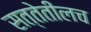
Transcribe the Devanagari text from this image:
सत्तेतीलच